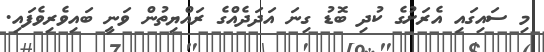
މި ސައިގައި އެރަށުގެ ކުދި ބޮޑު ގިނަ އަދަދެއްގެ ރައްޔިތުން ވަނީ ބައިވެރިވެފައި.